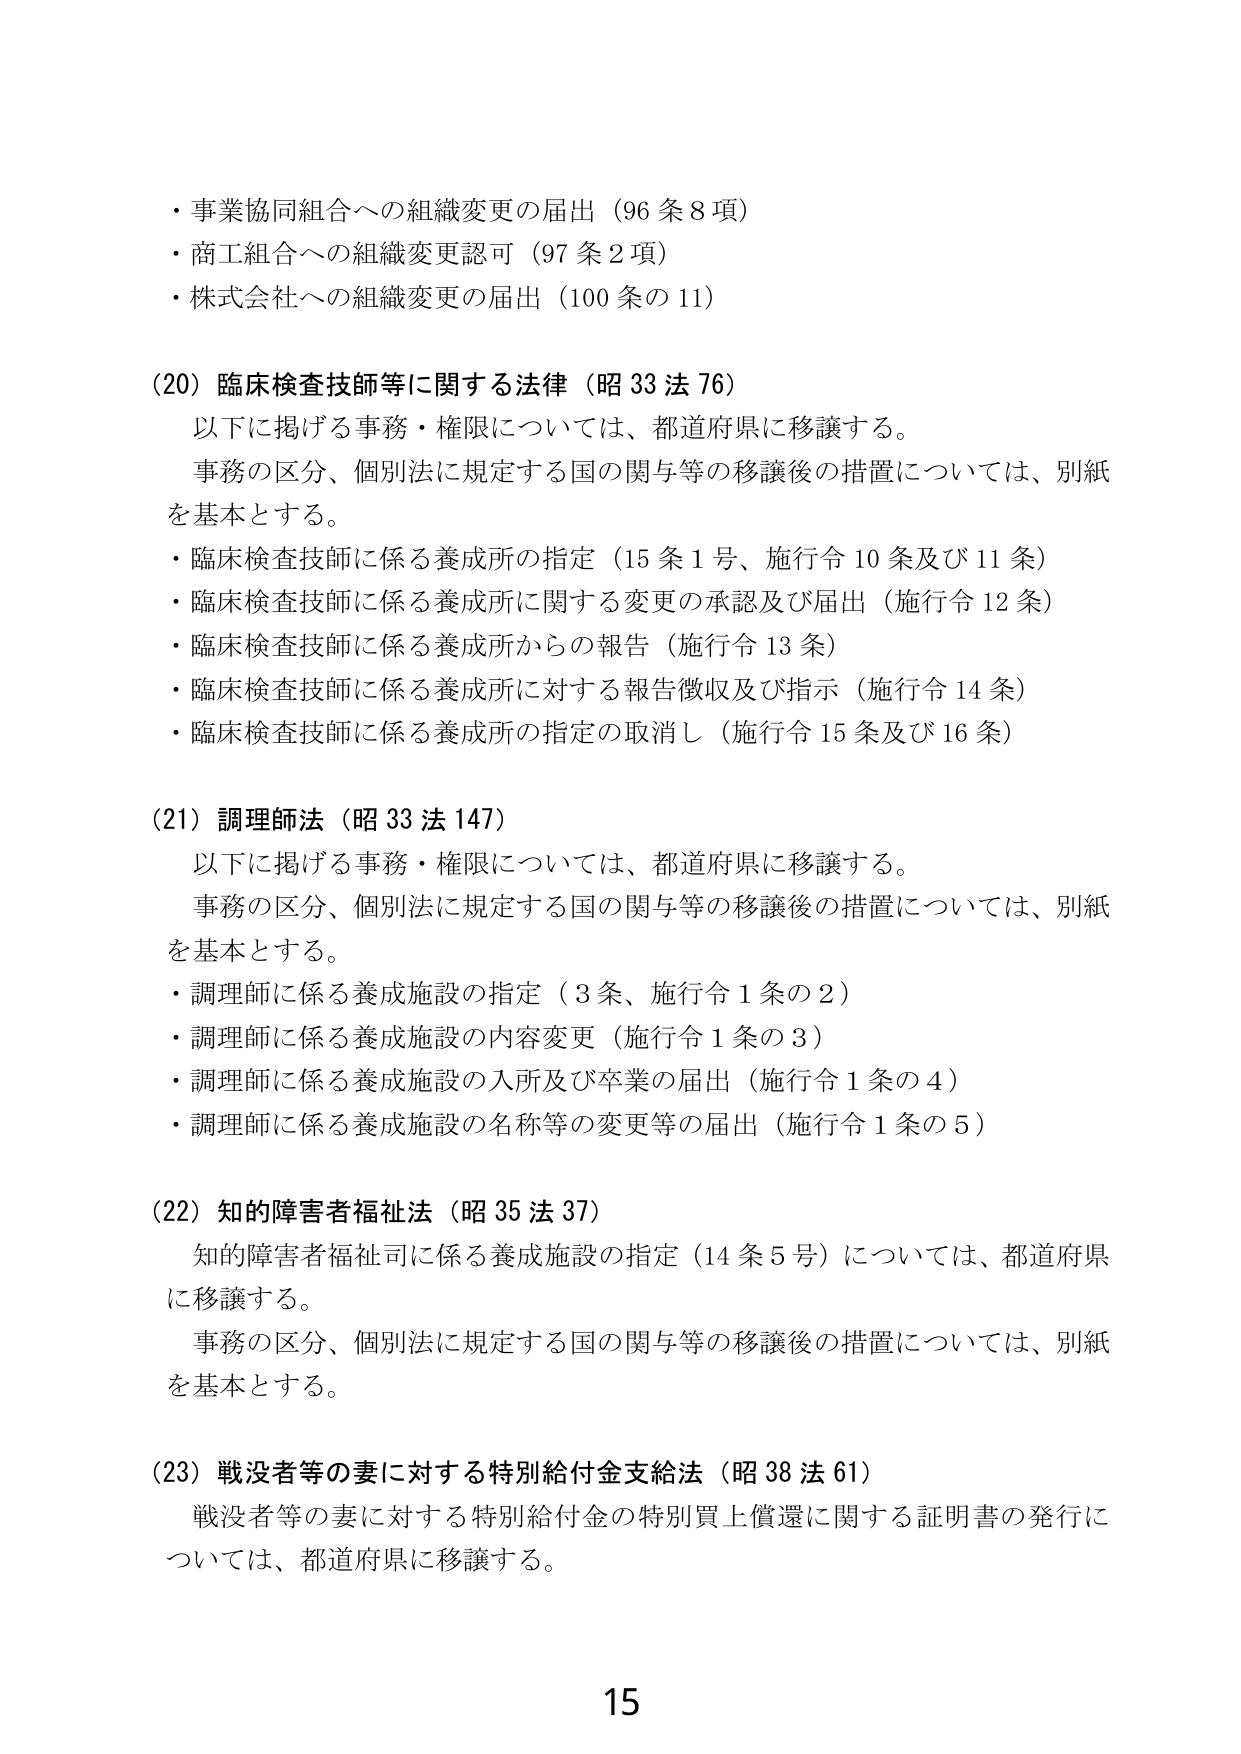
・事業協同組合への組織変更の届出（96条8項）
・商工組合への組織変更認可（97条2項）
・株式会社への組織変更の届出（100条の11）

(20) 臨床検査技師等に関する法律（昭33法76）
　以下に掲げる事務・権限については、都道府県に移譲する。
　事務の区分、個別法に規定する国の関与等の移譲後の措置については、別紙を基本とする。
・臨床検査技師に係る養成所の指定（15条1号、施行令10条及び11条）
・臨床検査技師に係る養成所に関する変更の承認及び届出（施行令12条）
・臨床検査技師に係る養成所からの報告（施行令13条）
・臨床検査技師に係る養成所に対する報告徴収及び指示（施行令14条）
・臨床検査技師に係る養成所の指定の取消し（施行令15条及び16条）

(21) 調理師法（昭33法147）
　以下に掲げる事務・権限については、都道府県に移譲する。
　事務の区分、個別法に規定する国の関与等の移譲後の措置については、別紙を基本とする。
・調理師に係る養成施設の指定（3条、施行令1条の2）
・調理師に係る養成施設の内容変更（施行令1条の3）
・調理師に係る養成施設の入所及び卒業の届出（施行令1条の4）
・調理師に係る養成施設の名称等の変更等の届出（施行令1条の5）

(22) 知的障害者福祉法（昭35法37）
　知的障害者福祉司に係る養成施設の指定（14条5号）については、都道府県に移譲する。
　事務の区分、個別法に規定する国の関与等の移譲後の措置については、別紙を基本とする。

(23) 戦没者等の妻に対する特別給付金支給法（昭38法61）
　戦没者等の妻に対する特別給付金の特別買上償還に関する証明書の発行については、都道府県に移譲する。

15